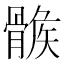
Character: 𩩽